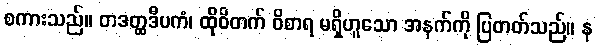
စကားသည်။ တဒတ္ထဒီပကံ၊ ထိုဝိတက် ဝိစာရ မရှိဟူသော အနက်ကို ပြတတ်သည်။ န